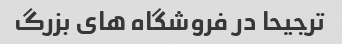
ترجیحا در فروشگاه های بزرگ